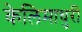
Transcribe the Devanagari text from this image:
केलिमाधुरी